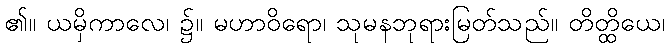
၏။ ယမှိကာလေ၊ ၌။ မဟာဝိရော၊ သုမနဘုရားမြတ်သည်။ တိတ္ထိယေ၊